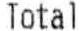
TOTAL